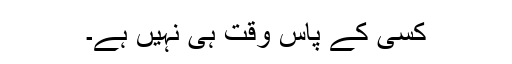
کسی کے پاس وقت ہی نہیں ہے۔